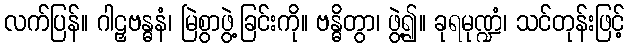
လက်ပြန်။ ဂါဠှဗန္ဓနံ၊ မြဲစွာဖွဲ့ခြင်းကို။ ဗန္ဓိတွာ၊ ဖွဲ့၍။ ခုရမုဏ္ဍံ၊ သင်တုန်းဖြင့်